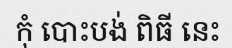
កុំ បោះបង់ ពិធី នេះ